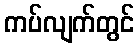
ကပ်လျက်တွင်